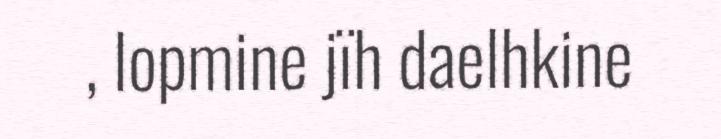
, lopmine jïh daelhkine